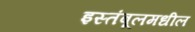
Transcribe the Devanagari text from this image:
इस्तंबूलमधील